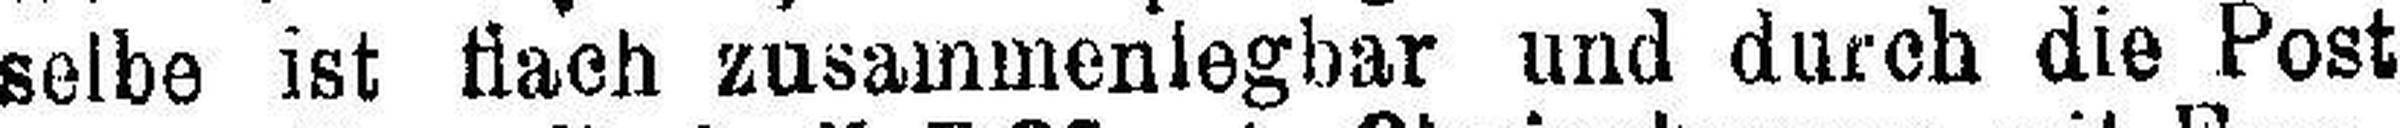
selbe ist flach zusammenlegbar und durch die Post